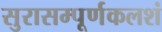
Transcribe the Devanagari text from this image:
सुरासम्पूर्णकलशं